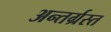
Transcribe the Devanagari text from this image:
अन्‍तर्ग्रस्‍त